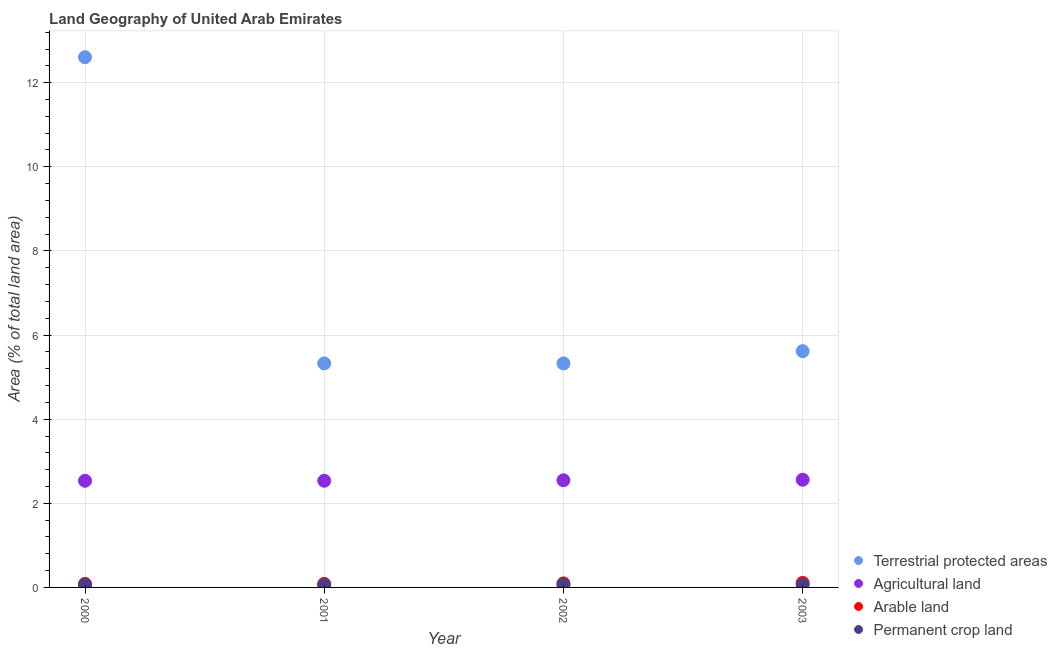
| Year | Terrestrial protected areas | Agricultural land | Arable land | Permanent crop land |
 | --- | --- | --- | --- | --- |
 | 2000 | 12.6 | 2.54 | 0.0837 | 0.0598 |
 | 2001 | 5.33 | 2.54 | 0.0837 | 0.0598 |
 | 2002 | 5.33 | 2.55 | 0.0957 | 0.0598 |
 | 2003 | 5.62 | 2.56 | 0.108 | 0.0598 |